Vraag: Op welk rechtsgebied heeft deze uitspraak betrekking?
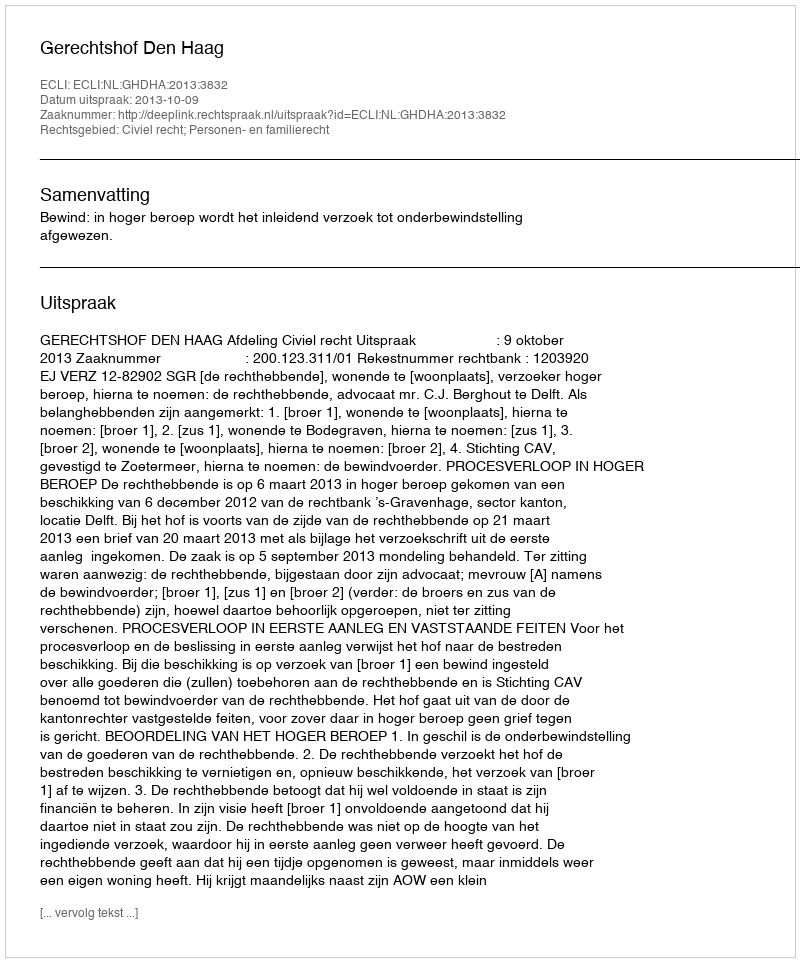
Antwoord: Civiel recht; Personen- en familierecht